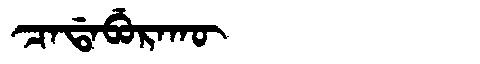
Manchu: ᠴᠠᡩᠠᠪᡠᡵᠠᡴᡡ
Romanization: CADABURAKŪ